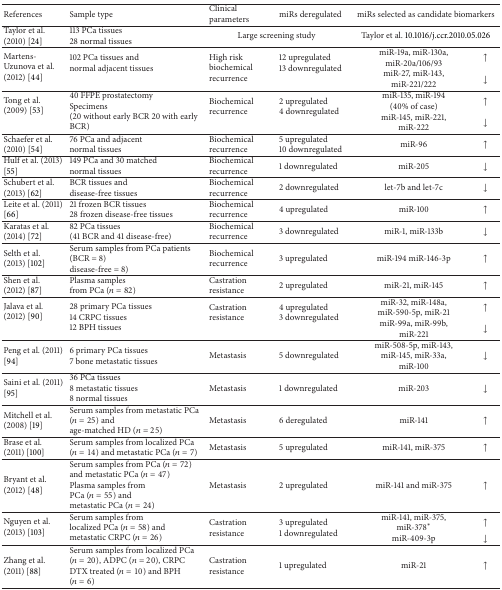
<table><thead><tr><td><b>References </b></td><td><b>Sample type</b></td><td><b>Clinical parameters</b></td><td><b>miRs deregulated</b></td><td colspan="2"><b>miRs selected as candidate biomarkers</b></td></tr></thead><tbody><tr><td>Taylor et al. (2010) [24]</td><td>113 PCa tissues 28 normal tissues</td><td colspan="2">Large screening study</td><td colspan="2">Taylor et al. 10.1016/j.ccr.2010.05.026</td></tr><tr><td rowspan="2">Martens-Uzunova et al. (2012) [44]</td><td rowspan="2">102 PCa tissues and normal adjacent tissues</td><td rowspan="2">High risk biochemical recurrence</td><td rowspan="2">12 upregulated13 downregulated</td><td>miR-19a, miR-130a, miR-20a/106/93</td><td><b>↑</b></td></tr><tr><td>miR-27, miR-143, miR-221/222</td><td><b>↓</b></td></tr><tr><td rowspan="2">Tong et al. (2009) [53]</td><td rowspan="2">40 FFPE prostatectomy Specimens (20 without early BCR 20 with early BCR)</td><td rowspan="2">Biochemical recurrence</td><td rowspan="2">2 upregulated4 downregulated</td><td>miR-135, miR-194 (40% of case)</td><td><b>↑</b></td></tr><tr><td>miR-145, miR-221,miR-222</td><td><b>↓</b></td></tr><tr><td>Schaefer et al. (2010) [54]</td><td>76 PCa and adjacent normal tissues</td><td>Biochemical recurrence</td><td>5 upregulated10 downregulated</td><td>miR-96</td><td><b>↑</b></td></tr><tr><td>Hulf et al. (2013) [55]</td><td>149 PCa and 30 matched normal tissues</td><td>Biochemical recurrence</td><td>1 downregulated</td><td>miR-205</td><td><b>↓</b></td></tr><tr><td>Schubert et al. (2013) [62]</td><td>BCR tissues and disease-free tissues</td><td>Biochemical recurrence</td><td>2 downregulated</td><td>let-7b and let-7c </td><td><b>↓</b></td></tr><tr><td>Leite et al. (2011) [66]</td><td>21 frozen BCR tissues28 frozen disease-free tissues</td><td>Biochemical recurrence</td><td>4 upregulated</td><td>miR-100 </td><td><b>↑</b></td></tr><tr><td>Karatas et al. (2014) [72]</td><td>82 PCa tissues(41 BCR and 41 disease-free)</td><td>Biochemical recurrence</td><td>3 downregulated</td><td>miR-1, miR-133b</td><td><b>↓</b></td></tr><tr><td>Selth et al. (2013) [102]</td><td>Serum samples from PCa patients (BCR = 8) disease-free = 8)</td><td>Biochemical recurrence</td><td>3 upregulated </td><td>miR-194 miR-146-3p </td><td><b>↑</b></td></tr><tr><td>Shen et al. (2012) [87]</td><td>Plasma samples from PCa (<i>n</i> = 82)</td><td>Castration resistance</td><td>2 upregulated</td><td>miR-21, miR-145</td><td><b>↑</b></td></tr><tr><td rowspan="2">Jalava et al. (2012) [90]</td><td rowspan="2">28 primary PCa tissues14 CRPC tissues12 BPH tissues</td><td rowspan="2">Castration resistance</td><td rowspan="2">4 upregulated3 downregulated</td><td>miR-32, miR-148a,miR-590-5p, miR-21</td><td><b>↑</b></td></tr><tr><td>miR-99a, miR-99b,miR-221</td><td><b>↓</b></td></tr><tr><td>Peng et al. (2011) [94]</td><td>6 primary PCa tissues7 bone metastatic tissues</td><td>Metastasis</td><td>5 downregulated</td><td>miR-508-5p, miR-143,miR-145, miR-33a,miR-100</td><td><b>↓</b></td></tr><tr><td>Saini et al. (2011) [95]</td><td>36 PCa tissues8 metastatic tissues8 normal tissues</td><td>Metastasis</td><td>1 downregulated</td><td>miR-203</td><td><b>↓</b></td></tr><tr><td>Mitchell et al. (2008) [19]</td><td>Serum samples from metastatic PCa (<i>n</i> = 25) and age-matched HD (<i>n</i> = 25)</td><td>Metastasis</td><td>6 deregulated</td><td>miR-141 </td><td><b>↑</b></td></tr><tr><td>Brase et al. (2011) [100]</td><td>Serum samples from localized PCa (<i>n</i> = 14) and metastatic PCa (<i>n</i> = 7)</td><td>Metastasis</td><td>5 upregulated</td><td>miR-141, miR-375 </td><td><b>↑</b></td></tr><tr><td>Bryant et al. (2012) [48]</td><td>Serum samples from PCa (<i>n</i> = 72) and metastatic PCa (<i>n</i> = 47)Plasma samples from PCa (<i>n</i> = 55) and metastatic PCa (<i>n</i> = 24)</td><td>Metastasis</td><td>2 upregulated</td><td>miR-141 and miR-375</td><td><b>↑</b></td></tr><tr><td rowspan="2">Nguyen et al. (2013) [103]</td><td rowspan="2">Serum samples from localized PCa (<i>n</i> = 58) and metastatic CRPC (<i>n</i> = 26)</td><td rowspan="2">Castration resistance</td><td rowspan="2">3 upregulated1 downregulated</td><td>miR-141, miR-375,miR-378∗</td><td><b>↑</b></td></tr><tr><td>miR-409-3p</td><td><b>↓</b></td></tr><tr><td>Zhang et al. (2011) [88]</td><td>Serum samples from localized PCa (<i>n</i> = 20), ADPC (<i>n</i> = 20), CRPC DTX treated (<i>n</i> = 10) and BPH (<i>n</i> = 6)</td><td>Castration resistance</td><td>1 upregulated</td><td>miR-21</td><td><b>↑</b></td></tr></tbody></table>